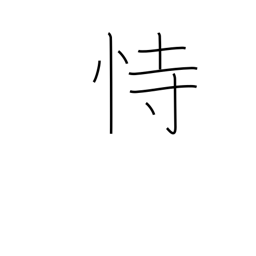
Meaning: depend on